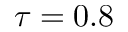
\tau = 0 . 8